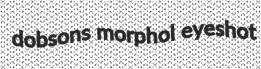
dobsons morphol eyeshot